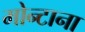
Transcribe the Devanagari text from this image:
मोन्‍टाना